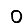
Digit: 0